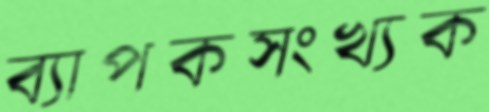
ব্যাপকসংখ্যক